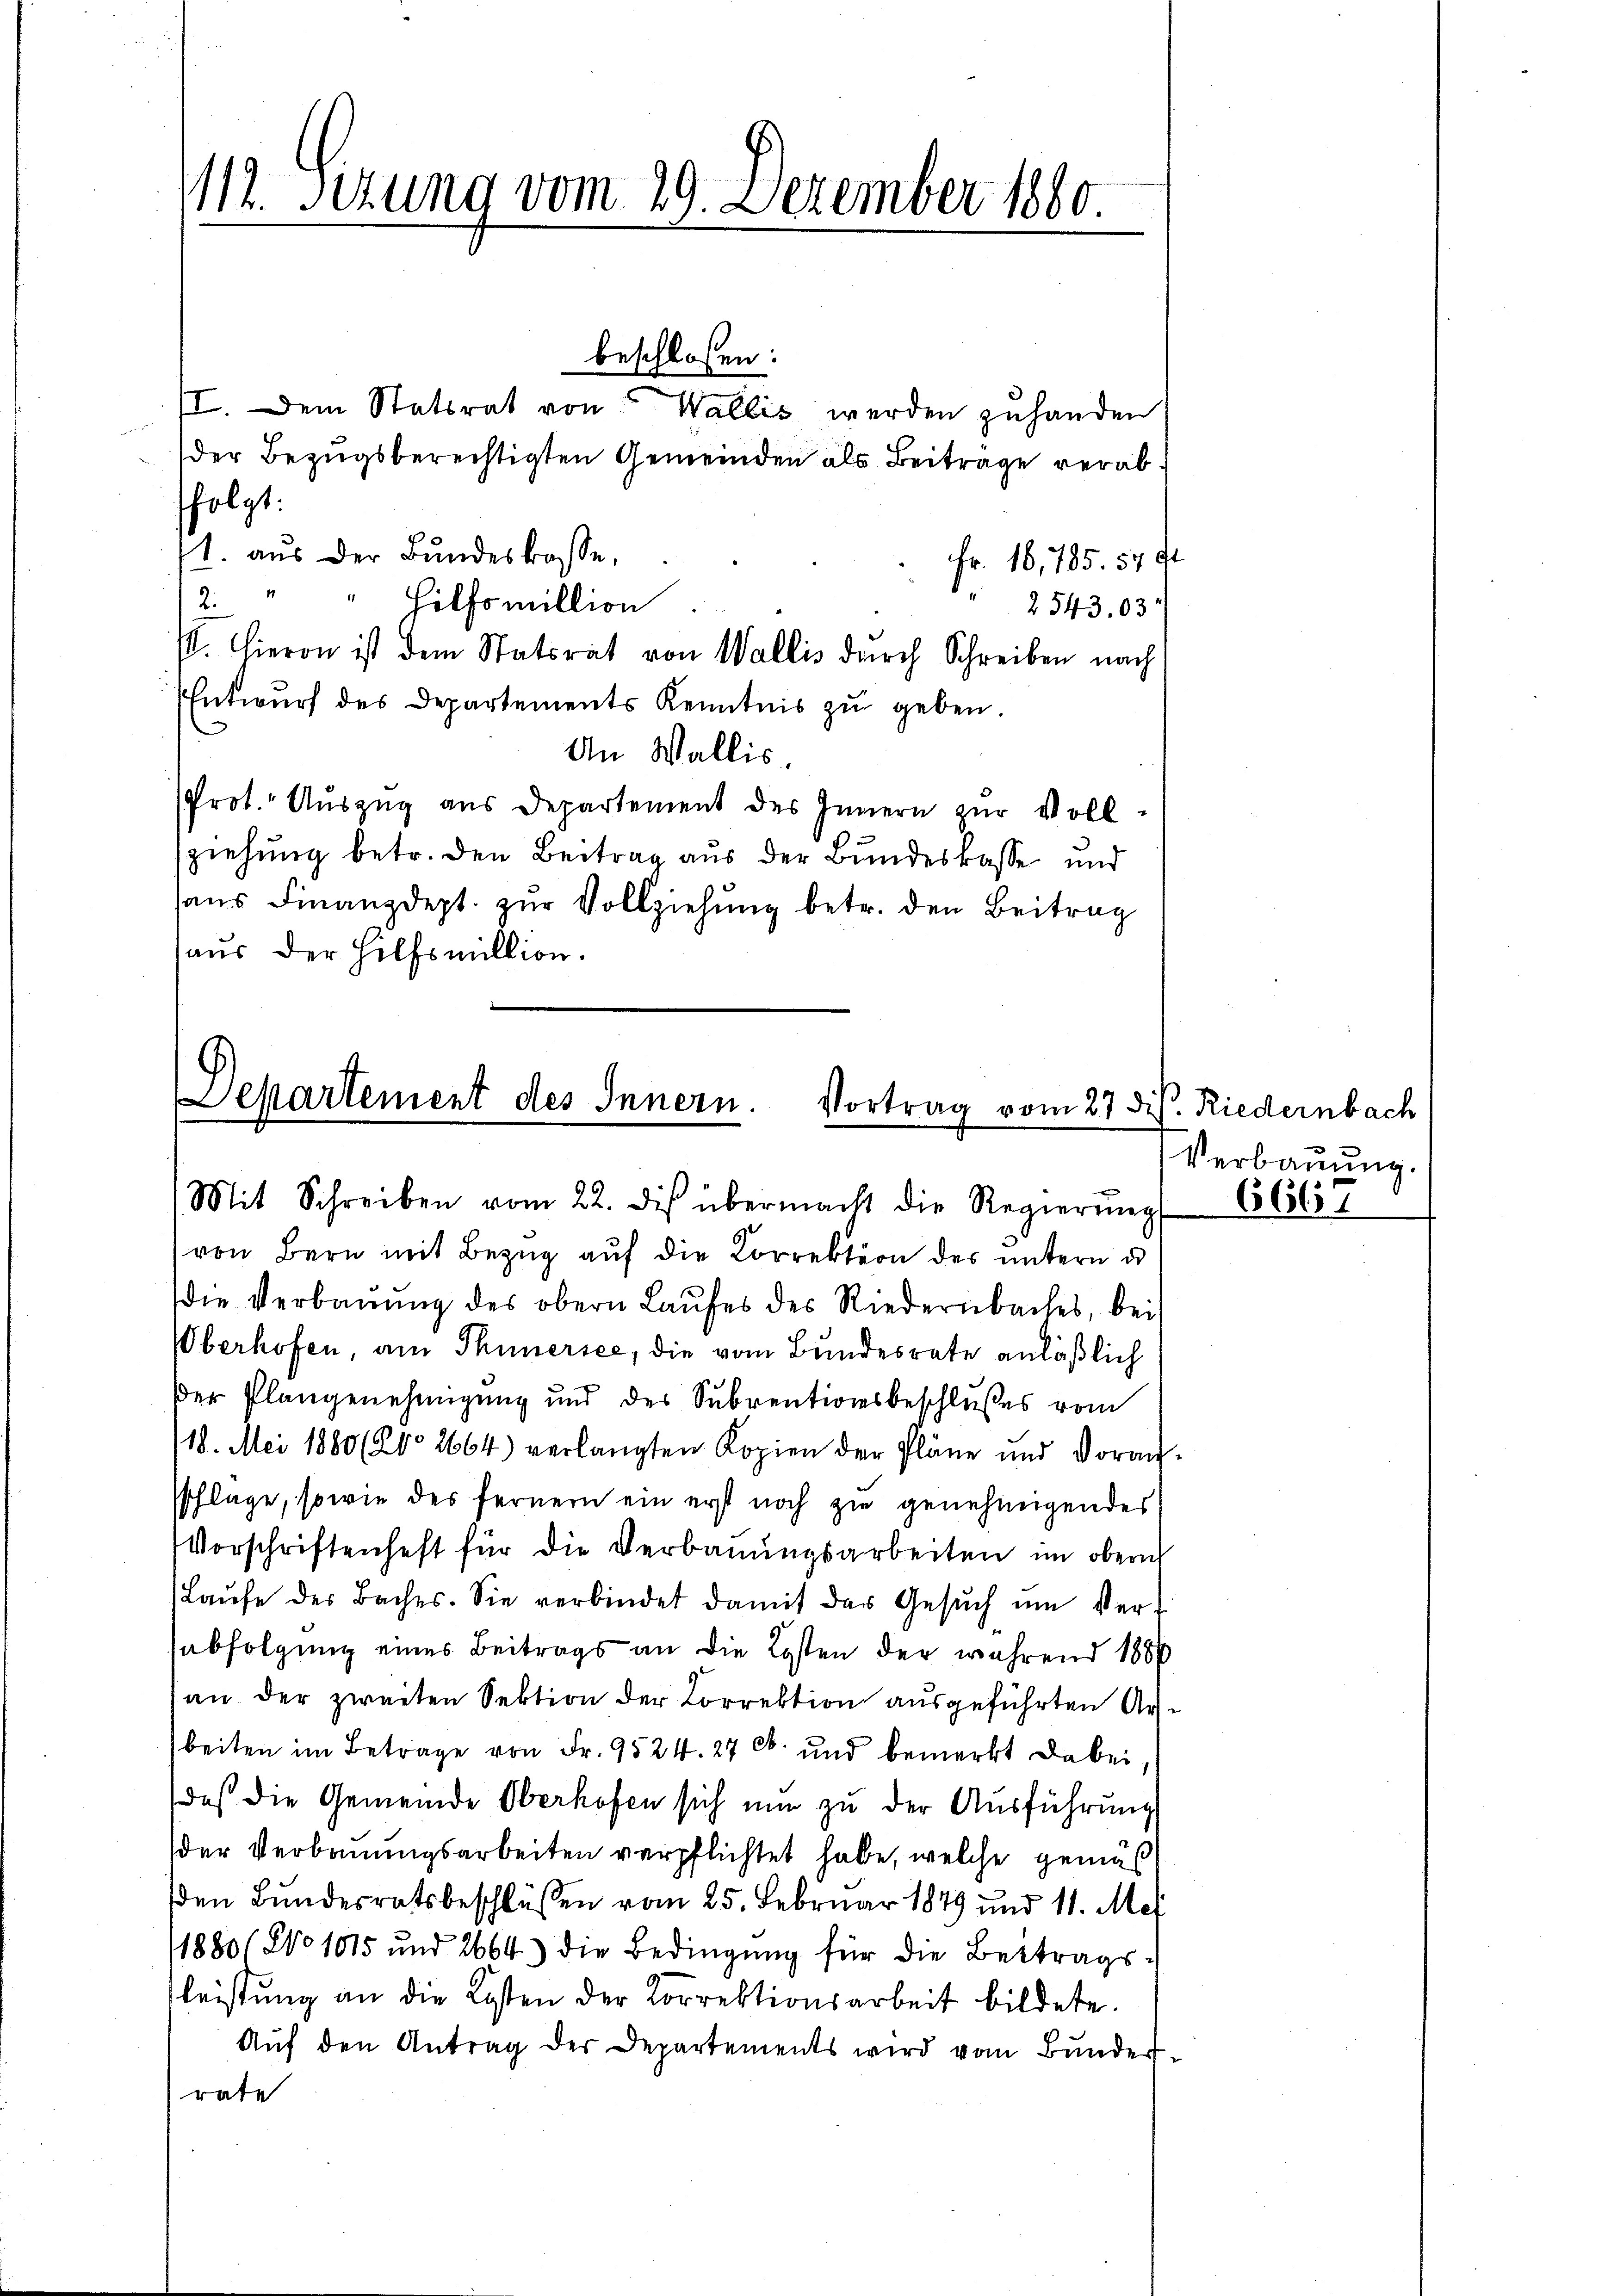
beschlossen:
II. Dem Statsrat von Wallis werden zuhanden
der Bezugsberechtigten Gemeinden als Beitrage verab
folgt:
1. aus der Bundeskasse,
Fr. 16, 185. 57 f.
2. " " Hilfsmillion
2543.03
s. Hieron ist dem Statsrat von Wallis durch Schreiben nach
Entwurf des Departements Kenntnis zu geben.
An Wallis
Prot. Auszug aus Departement des Innern zur Voll
ziehung betr. den Beitrag aus der Bundeskasse und
hans Finanzdept. zŭr Vollziehung betr. den Beitrag
aus der Hilfsmillion.

112. Sizung vom 29. Dezember 1880.

Departement des Innern. Vortrag vom 27. d.
Mit Schreiben vom 22. des übermacht die Regierŭng

von Bern mit Bezug auf die Korrektion des untern d
die Verbauung des obern Laufes des Riedernbaches, bei
Überhofen, am Thunersee, die vom Bundesrate anläßlich
dder Plangenehmigung und des Subventionsbeschlußes vom
118. Mai 1880 (20. 2664) verlangten Kopien der Pläne und Vorau
Pflage, sowie des fernern ein erst noch zu genehmigendes
Vorschriftenheft für die Verbauungsarbeiten im obern
Laŭfe des Baches. Sie verbindet damit das Gesŭch ŭm Verabfolgung eines Beitrags an die Kosten der während 1884
an der zweiten Sektion der Correktion ausgeführten Arbeiten im Betrage von Fr. 9524. 27 Ct. und bemerkt dabei
daß die Gemeinde Oberhofen sich nun zu der Ausführung
der Verbauungsarbeiten verpflichtet habe, welche gemäß
den Bundesratsbeschlüssen vom 25. Februar 1849 und 11. Mai
1880/ No 1015 und 2664) die Bedingung für die Bertragsleistung an die Kosten der Korrektionsarbeit bildete.
Aŭf den Antrag der Departements wird vom Bŭnder
rate

3 Riedernbach
Verbauung.
6661